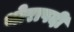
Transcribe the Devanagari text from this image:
थोरापदी